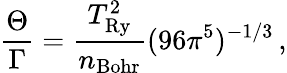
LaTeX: \frac{\Theta}{\Gamma}=\frac{T_{\mathrm{Ry}}^{2}}{n_{\mathrm{Bohr}}}(96\pi^{5})^{-1/3}\, ,